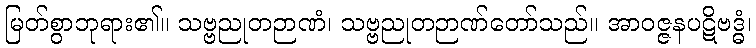
မြတ်စွာဘုရား၏။ သဗ္ဗညုတဉာဏံ၊ သဗ္ဗညုတဉာဏ်တော်သည်။ အာဝဇ္ဇနပဋိဗဒ္ဓံ၊